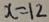
x = 1 2